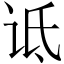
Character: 诋